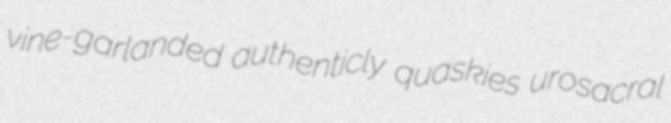
vine-garlanded authenticly quaskies urosacral